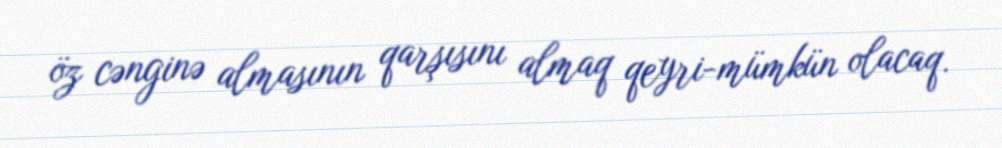
öz cənginə almasının qarşısını almaq qeyri-mümkün olacaq.